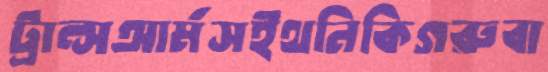
ট্রান্সআর্মসইথনিকিগরুবা